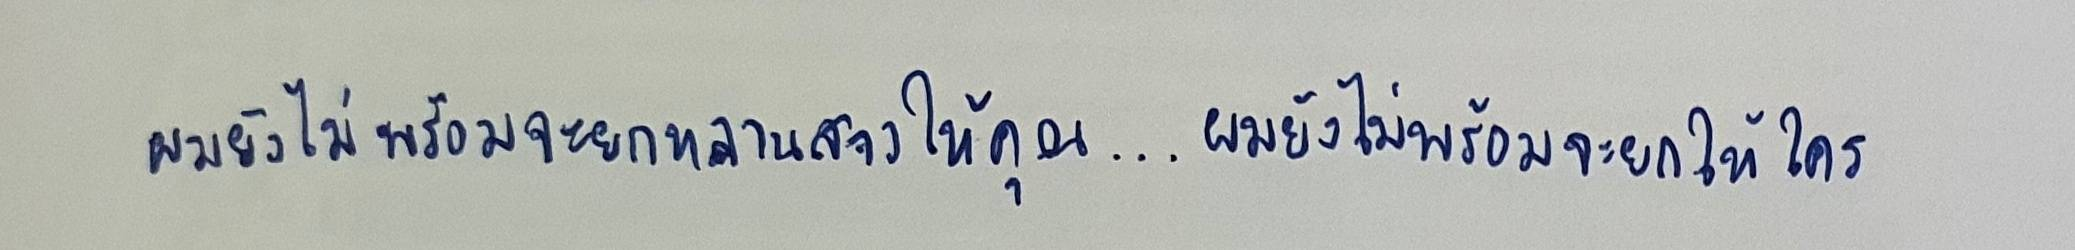
ผมยังไม่พร้อมจะยกหลานสาวให้คุณ...ผมยังไม่พร้อมจะยกให้ใคร